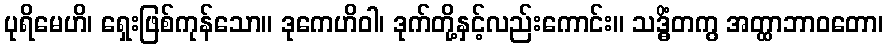
ပုရိမေဟိ၊ ရှေးဖြစ်ကုန်သော။ ဒုကေဟိဝါ၊ ဒုက်တို့နှင့်လည်းကောင်း။ သဒ္ဓိံတကွ အတ္ထာဘာဝတော၊